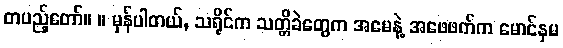
တပည့်တော်။ ။ မှန်ပါတယ်, သရိုင်က သတ္တိခဲတွေက အမေနဲ့ အဖေဖက်က မောင်နှမ